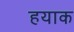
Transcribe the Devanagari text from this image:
हयाक